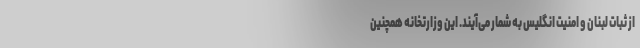
از ثبات لبنان و امنیت انگلیس به شمار می‌آیند. این وزارتخانه همچنین